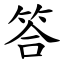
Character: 答